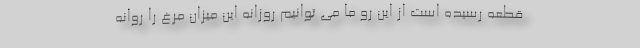
قطعه رسیده است از این رو ما می توانیم روزانه این میزان مرغ را روانه